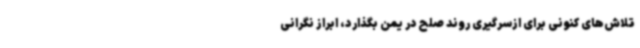
تلاش‌های کنونی برای ازسرگیری روند صلح در یمن بگذارد، ابراز نگرانی